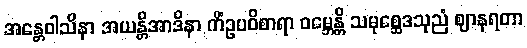
အန္တေဝါသိနာ အယန္တိအာဒိနာ ကိံဥပဝိစာရာ ဝမ္ဘေန္တိ သမုစ္ဆေဒသုညံ ဈာနရတာ